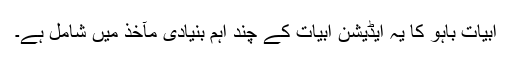
ابیات باہو کا یہ ایڈیشن ابیات کے چند اہم بنیادی مآخذ میں شامل ہے۔